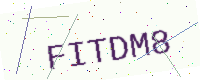
Text: FITDM8